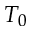
T _ { 0 }